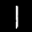
Label: 1